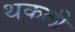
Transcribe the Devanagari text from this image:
थकली